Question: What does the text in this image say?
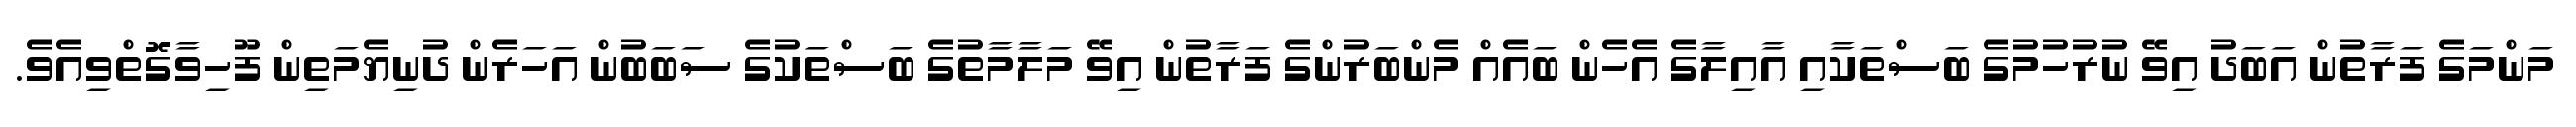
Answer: މަންމަގެ ފަރާތުން އަބަދު އިވޭ ނުރުހުމުގެ ބަސްތަކާއި އާއިލާގެ އެހެން ބައެއް މެންބަރުންގެ ފަރާތުން އިވޭ މަލާމާތުގެ ބަސްތަކުގެ ސަބަބުން އަހަރެން ދުނިޔެމަތިން ފޫހިވާގޮތްވިއެވެ.